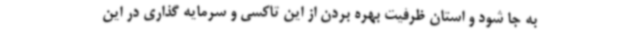
به جا شود و استان ظرفیت بهره بردن از این تاکسی و سرمایه گذاری در این